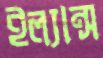
ইল্যান্স